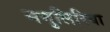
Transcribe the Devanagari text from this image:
नमुलिरिया